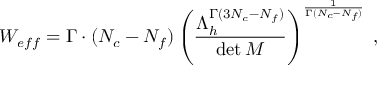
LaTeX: W _ { e f f } = \Gamma \cdot ( N _ { c } - N _ { f } ) \left( \frac { \Lambda _ { h } ^ { \Gamma ( 3 N _ { c } - N _ { f } ) } } { \operatorname * { d e t } M } \right) ^ { \frac { 1 } { \Gamma ( N _ { c } - N _ { f } ) } } \; ,